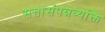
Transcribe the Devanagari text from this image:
सत्तासंपन्नव्यक्ति